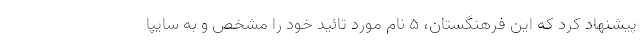
پیشنهاد کرد که این فرهنگستان، ۵ نام‌ مورد تائید خود را مشخص و به سایپا